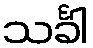
သင်္ခါ